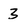
Character: 3